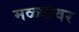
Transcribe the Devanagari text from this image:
मळ्यावर